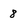
Character: 8